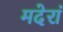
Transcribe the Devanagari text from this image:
मदेरां